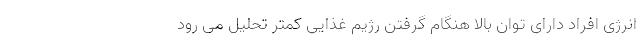
انرژی افراد دارای توان بالا هنگام گرفتن رژیم غذایی کمتر تحلیل می رود